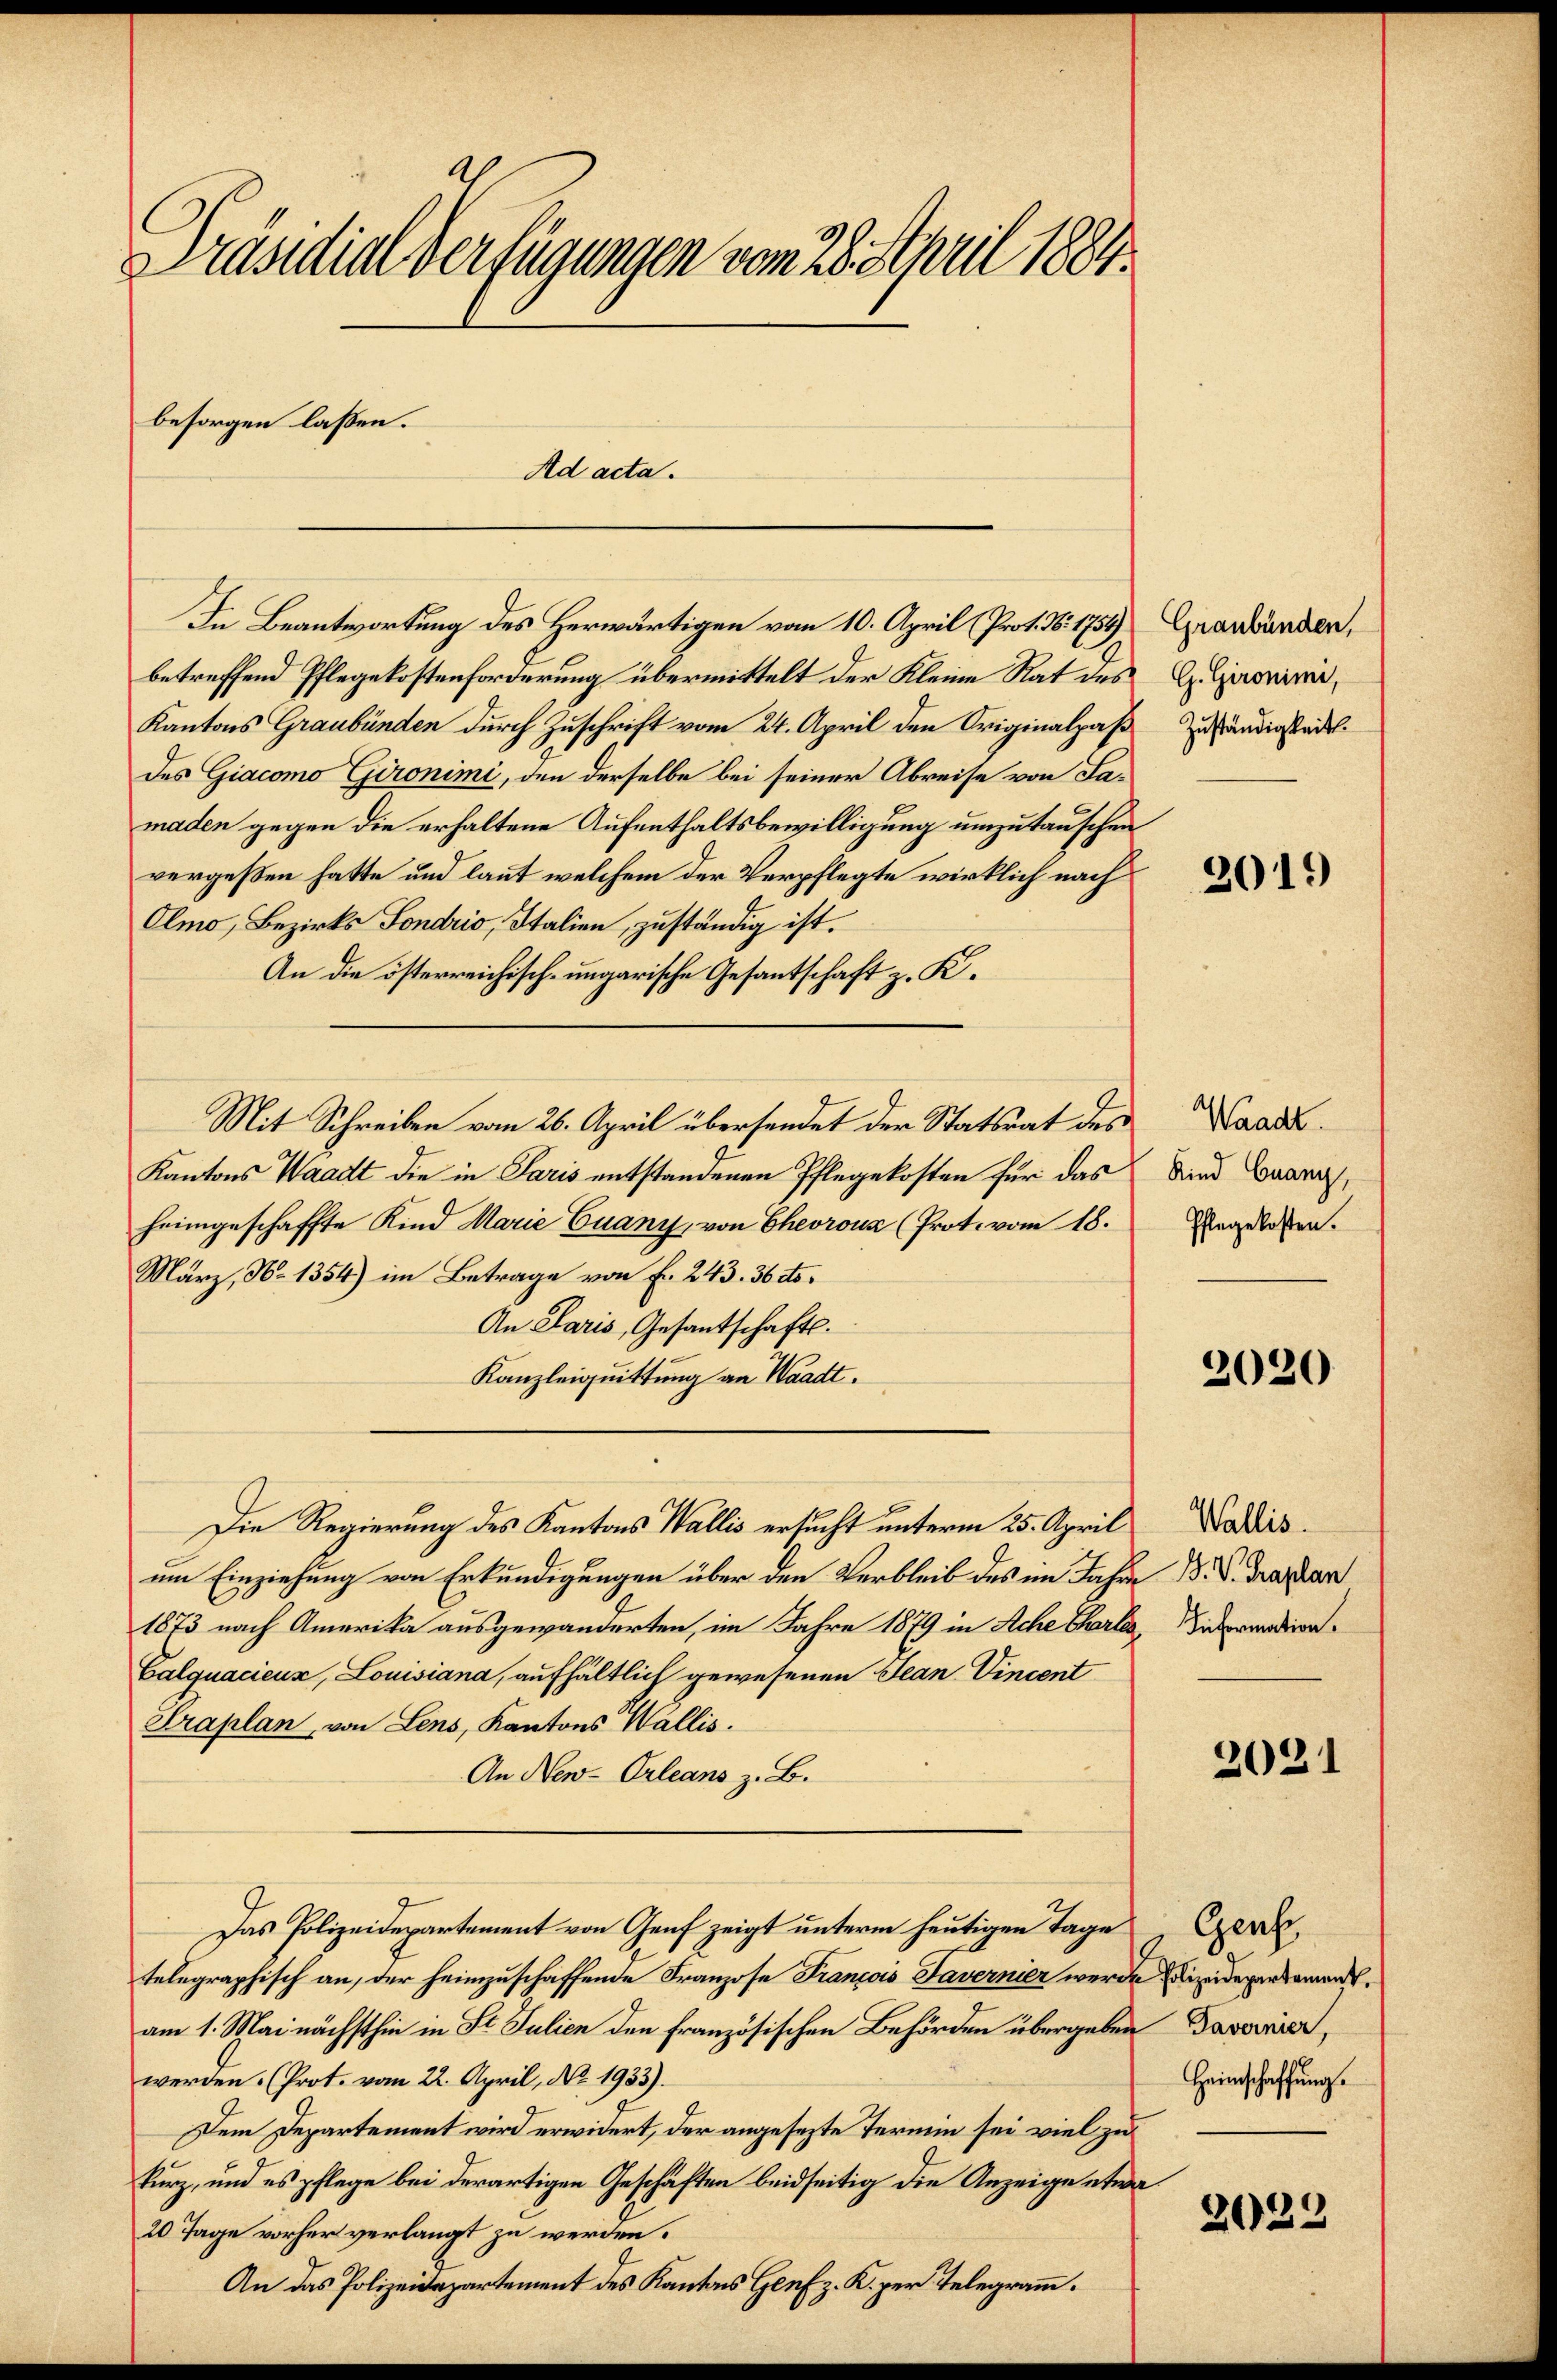
Präsidial Verfügungen vom 28. Staril 1884.

besorgen lassen.
Ad acta.

betreffend Pflegekostenforderung übermittelt der Kleine Rat des
Kantons Graubünden durch Zuschrift vom 24. April den Originalpaß
des Giacomo Gironimi, den derselbe bei seiner Abreise von Sa-
maden gegen die erhaltene Aufenthaltsbewilligung umzutauschen
vergeßen hatte und laut welchem der Verpflegte wirklich nach
Olmo, Bezirks Fondrio, Italien, zuständig ist.
An die österreichisch-ungarische Gesantschaft z. K.
Mit Schreiben vom 26. April übersendet der Statsrat des Waad
Kantons Waadt die in Paris entstandenen Pflegekosten für das
heimgeschaffte Kind Marie Cuany, von Chevrouz (Prot. vom 18.
März, No 1354) im Betrage von Fr. 243. 36 cts.
An Paris, Gesantschaft.
Kanzleiquittung an Waadt.
Die Regierung des Kantons Wallis ersucht unterm 25. April
um Einziehung von Erkundigungen über den Verbleib des im Jahre B. V. Trasan
1873 nach Amerika ausgewanderten, im Jahre 1879 in Ache Charla
Calquacieux, Louisiana, aufhältlich gewesenen Jean Vincent
Sraplan, von Lens, Kantons Wallis.
An New-Orleans z. B.
Das Polizeidepartement von Genf zeigt unterm heutigen Tage Ger
telegraphisch an, der heimzuschaffende Franzose François Tavernier werde Elizeideverdament
am 1. Mai nächsthin in St. Julien den Französischen Behörden übergeben Davonier,
werden. (Prot. vom 22. April, No. 1933).
Dem Departement wird erwidert, der angesezte Termin sei viel zu
kurz, und es pflege bei derartigen Geschäften beidseitig die Anzeige etwa
20 Tage vorher verlangt zu werden.
An das Polizeidepartement des Kantons Genf z. K. per Telegramm.

In Beantwortung des Herwärtigen vom 10. April (Prot. N. 1754), Graubünden,

G. Gironimi,
Zuständigkeit.
.

2019

Kind Cuany,
Pflegekosten.

2020

Wallis.
Information.

2021

Heimschaffung.

2029